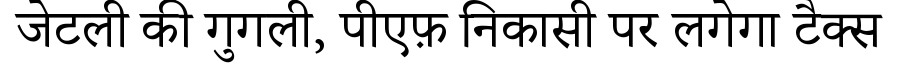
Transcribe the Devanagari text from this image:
जेटली की गुगली, पीएफ़ निकासी पर लगेगा टैक्स